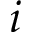
i